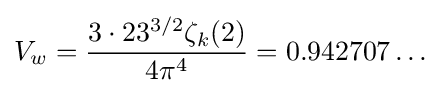
V_{w}={\frac {3\cdot 23^{3/2}\zeta _{k}(2)}{4\pi ^{4}}}=0.942707\dots